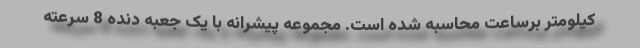
کیلومتر برساعت محاسبه شده است. مجموعه پیشرانه با یک جعبه دنده 8 سرعته